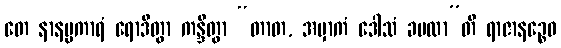
တေ နာနပ္ပကာရံ ရောဒိတွာ ကန္ဒိတွာ “တာတ, အမှာကံ ဒေါသံ ခမထာ”တိ ရာဇာနဉ္စေဝ